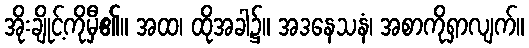
အိုးချိုင့်ကိုမှီ၏။ အထ၊ ထိုအခါ၌။ အဒနေသနံ၊ အစာကိုရှာလျက်။